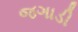
જગાડી